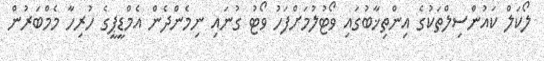
ލޯކަލް ކައުންސިލްތަކުގެ އިންތިޚާބުގައި ވޯޓުލުމަށްފަހު ވޯޓު ގުނައި ނިމެންދެން އެމްޑީޕީގެ ހުރިހާ މެމްބަރުން